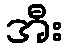
အီး